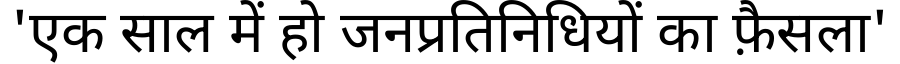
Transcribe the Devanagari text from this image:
'एक साल में हो जनप्रतिनिधियों का फ़ैसला'